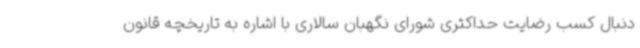
دنبال کسب رضایت حداکثری شورای نگهبان سالاری با اشاره به تاریخچه قانون